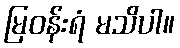
မြဝန်းရံ မသိပါ။